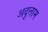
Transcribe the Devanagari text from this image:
अदुलाम